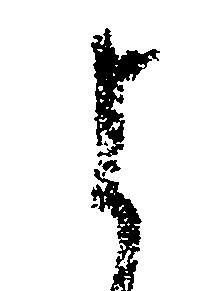
よ